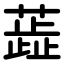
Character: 蕋